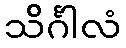
သိင်္ဂါလံ